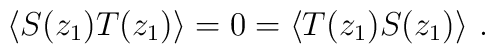
\langle S(z_1)T(z_1)\rangle = 0 = \langle T(z_1) S(z_1)\rangle\ .